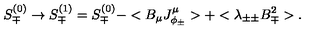
S _ { \mp } ^ { ( 0 ) } \rightarrow S _ { \mp } ^ { ( 1 ) } = S _ { \mp } ^ { ( 0 ) } - < B _ { \mu } J _ { \phi _ { \pm } } ^ { \mu } > + < \lambda _ { \pm \pm } B _ { \mp } ^ { 2 } > .